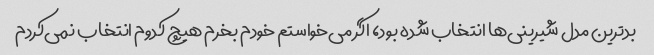
بدترین مدل شیرینی‌ها انتخاب شده بود، اگر می‌خواستم خودم بخرم هیچ کدوم انتخاب نمی‌کردم